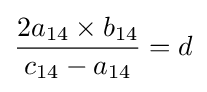
{2a_{14}\times b_{14} \over c_{14}-a_{14}}=d